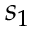
s _ { 1 }